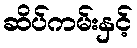
ဆိပ်ကမ်းနှင့်